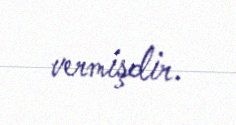
vermişdir.